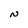
Character: N